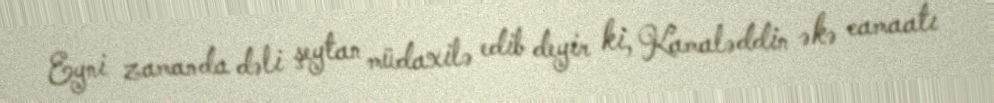
Eyni zamanda dəli şeytan müdaxilə edib deyir ki, Kamaləddin əkə camaatı